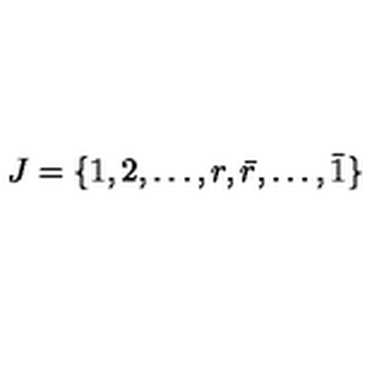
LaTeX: J = \{ 1 , 2 , \dots , r , \bar { r } , \dots , \bar { 1 } \}